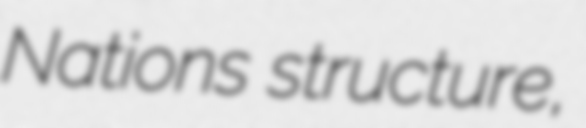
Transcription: Nations structure,